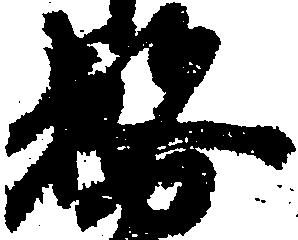
務